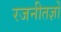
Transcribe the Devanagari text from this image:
रजनीतज्ञों